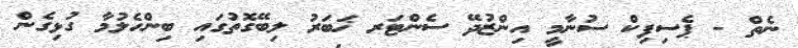
ނެތް - ޕެސިފިކް ސުނާމީ އިންޒުދޭ ސެންޓަރ ޚަބަރު ލިބޭގޮތުގައި ބިންހެލުމާ ގުޅިގެން